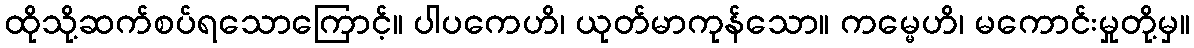
ထိုသို့ဆက်စပ်ရသောကြောင့်။ ပါပကေဟိ၊ ယုတ်မာကုန်သော။ ကမ္မေဟိ၊ မကောင်းမှုတို့မှ။